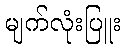
မျက်လုံးပြူး